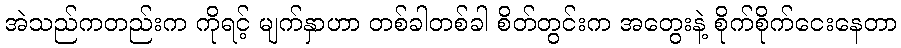
အဲသည်ကတည်းက ကိုရင့် မျက်နှာဟာ တစ်ခါတစ်ခါ စိတ်တွင်းက အတွေးနဲ့ စိုက်စိုက်ငေးနေတာ